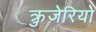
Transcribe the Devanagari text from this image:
क्रुजेरियो